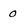
Character: 0